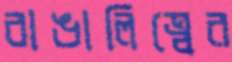
বাঙালিত্বের